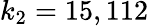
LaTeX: k_{2}=15,112